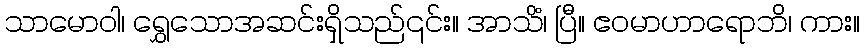
သာမောဝါ၊ ရွှေသောအဆင်းရှိသည်၎င်း။ အာသိံ၊ ပြီ။ ဧဝမာဟာရောဘိ၊ ကား။